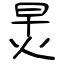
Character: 炅